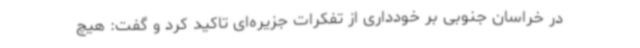
در خراسان جنوبی بر خودداری از تفکرات جزیره‌ای تاکید کرد و گفت: هیچ